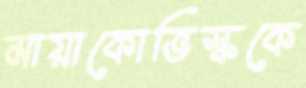
মায়াকোভিস্ককে